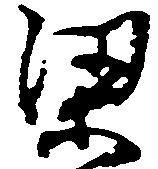
梁